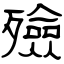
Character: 殮